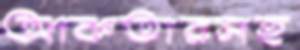
আকতারসহ